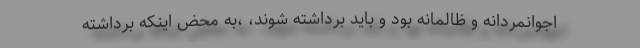
اجوانمردانه و ظالمانه بود و باید برداشته شوند، ،به محض اینکه برداشته